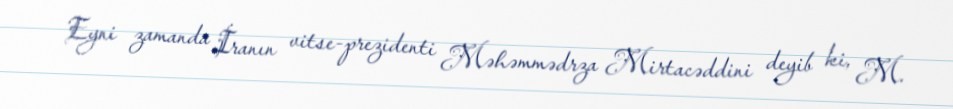
Eyni zamanda İranın vitse-prezidenti Məhəmmədrza Mirtacəddini deyib ki, M.